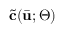
\tilde { \mathbf { c } } ( \bar { \mathbf { u } } ; \boldsymbol { \Theta } )